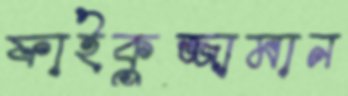
ফাইকুজ্জামান